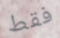
فقط